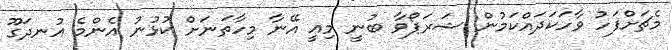
މެޗަށްފަހު ވާހަކަދައްކަމުން ޝަރަޕޯވާ ބުނީ މިއީ އޭނާ މިހާތަނަށް ކުޅުނު އެންމެ އުނދަގޫ